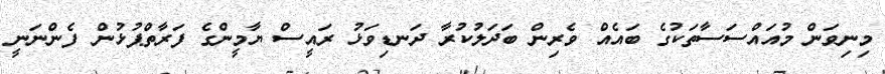
މިނިވަން މުއައްސަސާތަކުގެ ބައެއް ވެރިން ބަދަލުކުރާ ދަނޑިވަޅު ރައީސް ޔާމީންގެ ފަރާތްޕުޅުން ފެންނަނީ